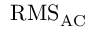
{ \mathrm { R M S } } _ { \mathrm { A C } }